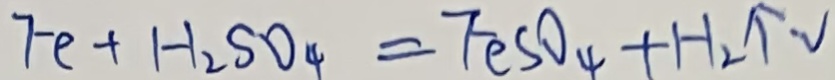
F e + H _ { 2 } S O _ { 4 } = F e S O _ { 4 } + H _ { 2 } \uparrow 2